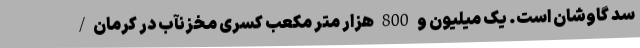
سد گاوشان است. یک میلیون و 800 هزار متر مکعب کسری مخزنآب در ‌کرمان/